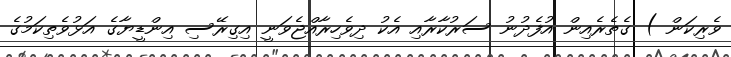
ވެރިކަން ) ގެތެރެއިން އުފެދުނު ސަރުކާރާއި އެކު ދިވެހިރާއްޖެވަނީ އިގިރޭސި އިންޑީޔާގެ އަޅުވެތިކަމުގެ